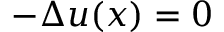
- \Delta u ( x ) = 0